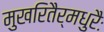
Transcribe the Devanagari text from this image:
मुखरितैर्मधुरैः